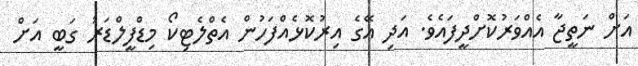
އަށް ނަތީޖާ އެއްވަރުކޮށްދީފައެވެ. އަދި އޭގެ އިރުކޮޅެއްފަހުން އެތްލެޓިކޯ މިޑްފީލްޑަރު ގަބީ އަށް